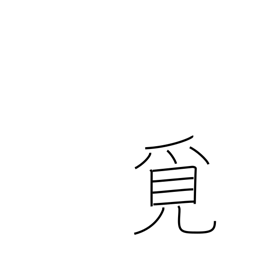
Meaning: seek